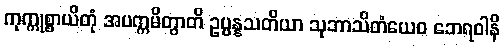
ကုက္ကုစ္စာယိတုံ အပက္ကမိတွာတိ ဥပ္ပန္နသတိယာ သုဘာသိတံယေဝ ဘေရဝါနိ